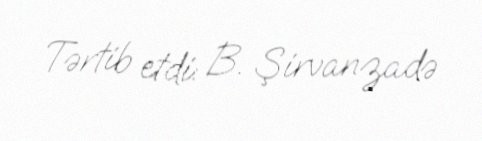
Tərtib etdi: B. Şirvanzadə